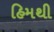
હિમથી